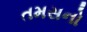
તમસનો